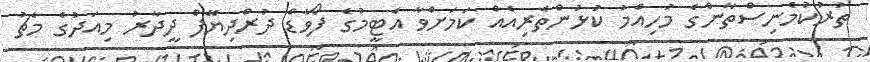
ތުރުކުމެނިސްތާންގެ މުހިއްމު ކުޅުންތެރިއެއް ކަމަށްވާ އެޓީމުގެ ފޯވާޑް ދުރްދިޔޭފް ދީދާރު މިއަދުގެ މެޗު